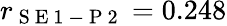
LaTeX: r_{\mathrm{~S~E~1~-~P~2~}}=0.248